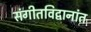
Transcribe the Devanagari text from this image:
संगीतविद्वानांत